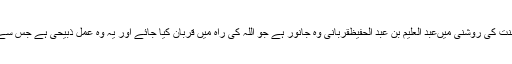
قربانی کے احکام و مسائل قرآن و سنت کی روشنی میںعبد العلیم بن عبد الحفیظقربانی وہ جانور ہے جو اللہ کی راہ میں قربان کیا جائے اور یہ وہ عمل ذبیحی ہے جس سے اللہ تعالیٰ کاقرب حاصل کیا جائے۔